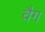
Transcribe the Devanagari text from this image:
वैग